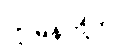
ဂျာမန်တို့က